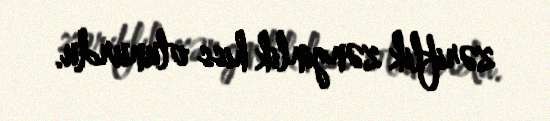
zəriflik zənginlik hiss olunurdu.